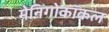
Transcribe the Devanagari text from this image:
मेनिंगोकॉकल